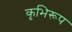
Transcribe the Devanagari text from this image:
कृभिरूप